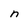
Character: n